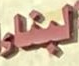
لبناء